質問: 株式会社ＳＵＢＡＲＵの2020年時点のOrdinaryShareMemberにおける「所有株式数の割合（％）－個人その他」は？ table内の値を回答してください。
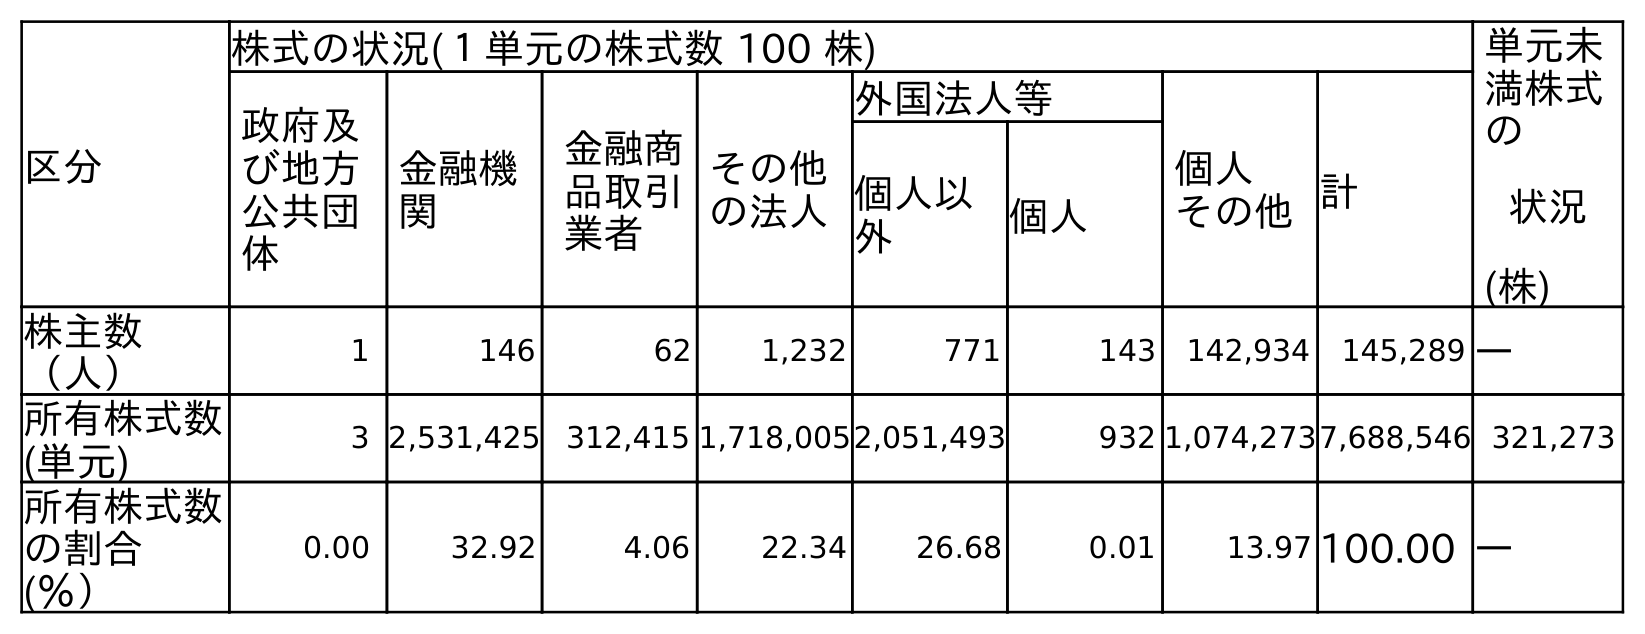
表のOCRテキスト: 区分 株式の状況(１単元の株式数 100 株) 単元未 満株式 の 状況 (株) 政府及 び地方 公共団 体 金融機 関 金融商 品取引 業者 その他 の法人 外国法人等 個人 その他計 個人以 外 個人 株主数 （人） 1 146 62 1,232 771 143 142,934 145,289 ― 所有株式数 (単元) 3 2,531,425 312,415 1,718,0052,051,493 932 1,074,2737,688,546 321,273 所有株式数 の割合 (％） 0.00 32.92 4.06 22.34 26.68 0.01 13.97 100.00 ―
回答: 13.97